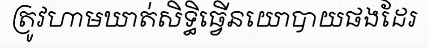
ត្រូវហាមឃាត់សិទ្ធិធ្វើនយោបាយផងដែរ